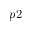
p 2